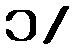
၁/